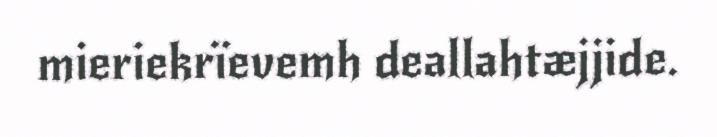
mieriekrïevemh deallahtæjjide.